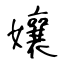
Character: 孃